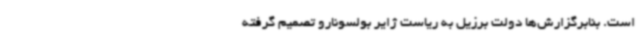
است. بنابرگزارش‌ها دولت برزیل به ریاست ژایر بولسونارو تصمیم گرفته